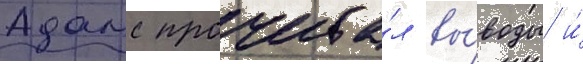
Адамс прочита́л вы́воды и́